Annual report on the mental hospital in the Central Provinces and Berar (Nagpur) - 1927-1951
Year: 1927
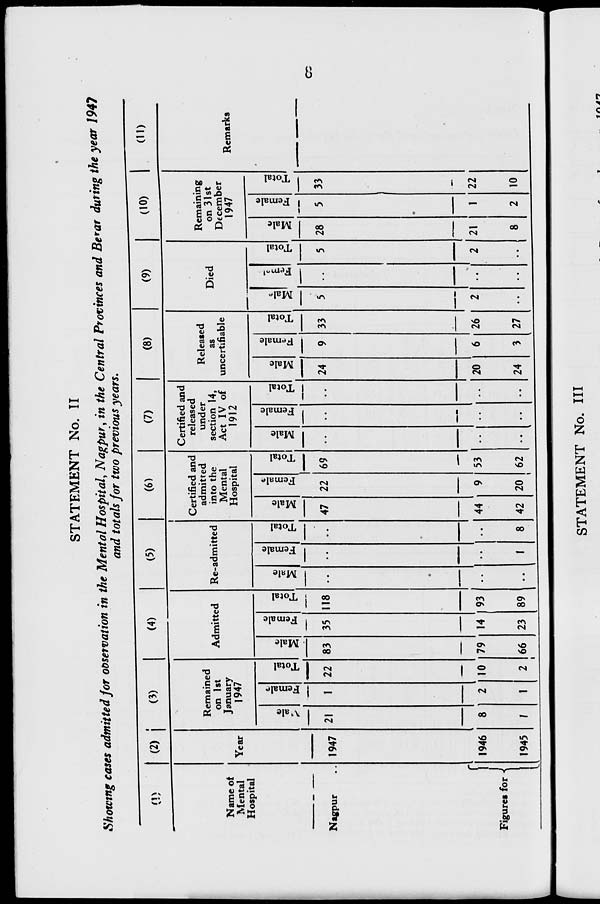
STATEMENT No. II
Showing cases admitted for observation in the Mental Hospital, Nagpur, in the Central Provinces and Be*at during the year 194?
and totals for two previous years.
Name oi
Mental
Hospital
Nagpur
(2)
(3)
(4)
(5)
(6)
(7)
(8)
(9)
(10)
Year
1947
Figures for \
Remained
on 1st
January
1947
a.
B
fa
21
o
Admitted
22 83
£
Ex-
es
35
1946
1945
8
2
118
Re-admitted
v
"3
fa
10 79
66
14
23
93
89
c
Certified and
admitted
into the
Mental
Hospital
s
E
fa
47 22
8
44
42
ces
c
69
Certified and
released
under
section 14,
Act IV of
1912
20
53
62
£
CJ
fa
Released
as
uncertifiable
Died
03
E2
"3
E
9,
fa
24
20
24
o
33
c
"3
s
5
c
E -
fa
Remaining
on 31st
December
1947
■M
s
"3
£
fa
-'
26
27
28
21
8
5
1
2
4->
33
22
10
(11)
Remarks
CC
STATEMENT No. Ill
«•
»
M\An